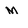
Character: M